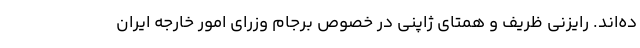
ده‌اند. رایزنی ظریف و همتای ژاپنی در خصوص برجام وزرای امور خارجه ایران